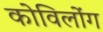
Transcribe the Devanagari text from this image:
कोविलोंग